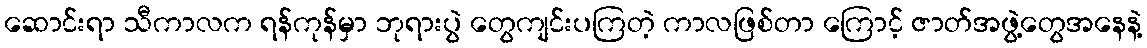
ဆောင်းရာ သီကာလက ရန်ကုန်မှာ ဘုရားပွဲ တွေကျင်းပကြတဲ့ ကာလဖြစ်တာ ကြောင့် ဇာတ်အဖွဲ့တွေအနေနဲ့